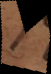
s